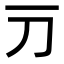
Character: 𬺳